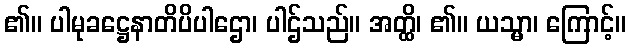
၏။ ပါမုခဋ္ဌေနာတိပိပါဌော၊ ပါဌ်သည်။ အတ္ထိ၊ ၏။ ယသ္မာ၊ ကြောင့်။